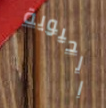
الحيوية